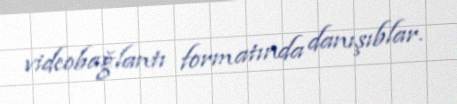
videobağlantı formatında danışıblar.